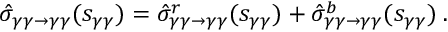
\hat { \sigma } _ { \gamma \gamma \rightarrow \gamma \gamma } ( s _ { \gamma \gamma } ) = \hat { \sigma } _ { \gamma \gamma \rightarrow \gamma \gamma } ^ { r } ( s _ { \gamma \gamma } ) + \hat { \sigma } _ { \gamma \gamma \rightarrow \gamma \gamma } ^ { b } ( s _ { \gamma \gamma } ) \; .